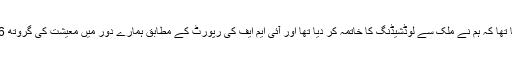
ان کا مزید کہنا تھا کہ ہم نے ملک سے لوڈشیڈنگ کا خاتمہ کر دیا تھا اور آئی ایم ایف کی رپورٹ کے مطابق ہمارے دور میں معیشت کی گروتھ 6.6 فیصد رہی۔